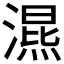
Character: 𣽙